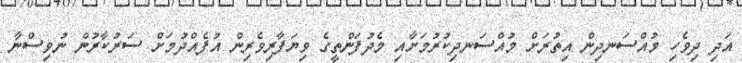
އަދި ދިވެހި މުއްސަނދިން އިތުރަށް މުއްސަނދިކުރުމަށާއި މެދުފަންތީގެ ވިޔަފާރިވެރިން އުފެއްދުމަށް ސަރުކާރުން ނުވިސްނާ